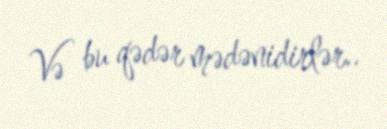
Və bu qədər mədənidirlər..